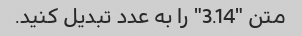
متن "3.14" را به عدد تبدیل کنید.